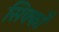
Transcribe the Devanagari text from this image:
सिक्कोँ